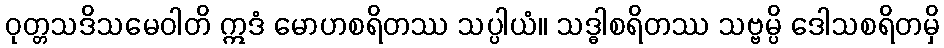
ဝုတ္တသဒိသမေဝါတိ ဣဒံ မောဟစရိတဿ သပ္ပါယံ။ သဒ္ဓါစရိတဿ သဗ္ဗမ္ပိ ဒေါသစရိတမှိ